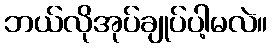
ဘယ်လိုအုပ်ချုပ်ပါ့မလဲ။